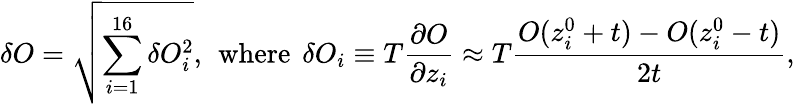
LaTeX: \delta O=\sqrt{\sum_{i=1}^{16}\delta O_{i}^{2}},\mathrm{\, ~where\, ~}\delta O_{i}\equiv T\frac{\partial O}{\partial z_{i}}\approx T\frac{O(z_{i}^{0}+t)-O(z_{i}^{0}-t)}{2t},